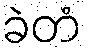
ခဲတံ